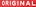
ORIGINAL